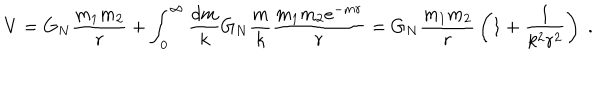
LaTeX: V = G _ { N } { \frac { m _ { 1 } m _ { 2 } } { r } } + \int _ { 0 } ^ { \infty } { \frac { d m } { k } } G _ { N } { \frac { m } { k } } { \frac { m _ { 1 } m _ { 2 } e ^ { - m r } } { r } } = G _ { N } { \frac { m _ { 1 } m _ { 2 } } { r } } \left( 1 + { \frac { 1 } { k ^ { 2 } r ^ { 2 } } } \right) \; .